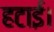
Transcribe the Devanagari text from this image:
हटाई।